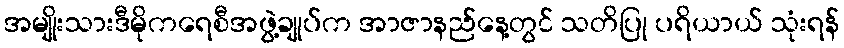
အမျိုးသားဒီမိုကရေစီအဖွဲ့ချုပ်က အာဇာနည်နေ့တွင် သတိပြု ပရိယာယ် သုံးရန်